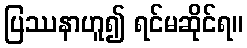
ပြဿနာဟူ၍ ရင်မဆိုင်ရ။